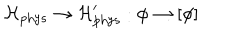
\mathcal { H } _ { \mathrm { p h y s } } \rightarrow \mathcal { H } _ { \mathrm { p h y s } } ^ { \prime } : \phi \rightarrow \lbrack \phi ]